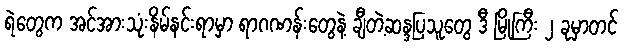
ရဲတွေက အင်အားသုံးနိမ်နင်းရာမှာ ရာဂဏန်းတွေနဲ့ ချီတဲ့ဆန္ဒပြသူတွေ ဒီ မြို့ကြီး ၂ ခုမှာတင်